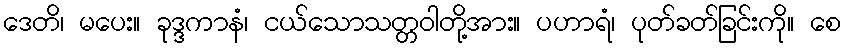
ဒေတိ၊ မပေး။ ခုဒ္ဒကာနံ၊ ငယ်သောသတ္တဝါတို့အား။ ပဟာရံ၊ ပုတ်ခတ်ခြင်းကို။ စေ